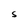
Character: S